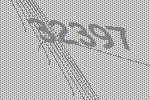
32397